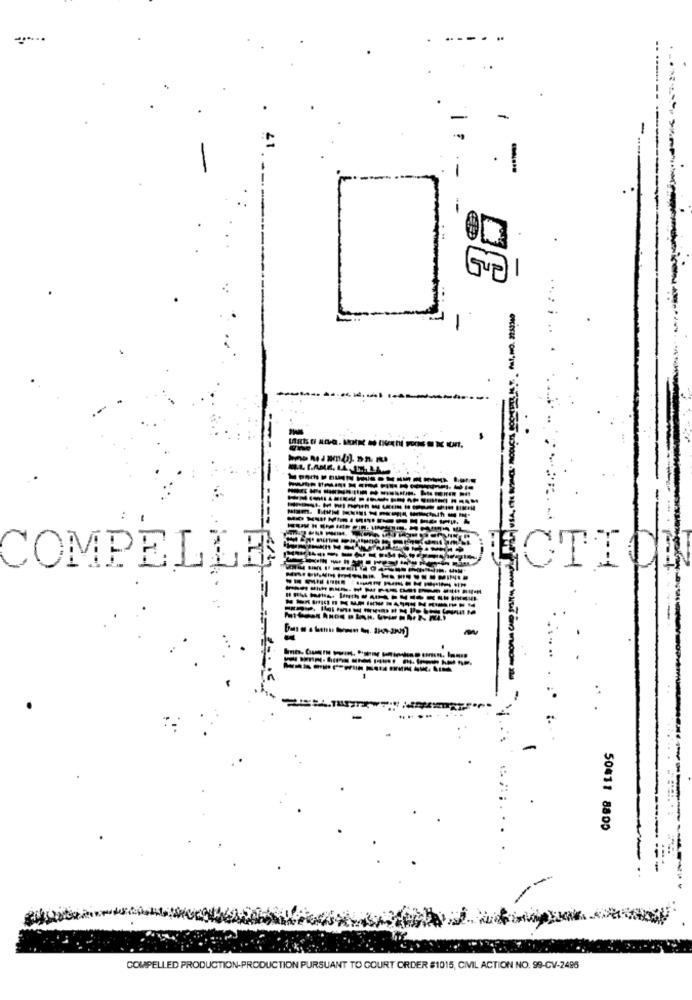
......
COMPELLE
ECTI
50411 8800
COMPELLED PRODUCTION-PRODUCTION PURSUANT TO COURT ORDER #1015, CIVIL ACTION NO. 99-CV-2496